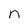
Character: n